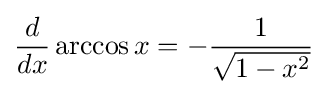
{\frac {d}{dx}}\arccos x=-{\frac {1}{\sqrt {1-x^{2}}}}